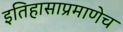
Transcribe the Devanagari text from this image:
इतिहासाप्रमाणेच